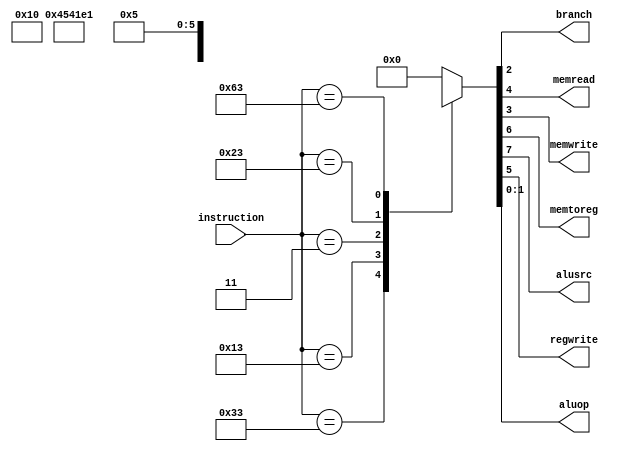
module control_unit (
  input [6:0] instruction, // opcode
  output reg branch,
  output reg memread,
  output reg memwrite,
  output reg memtoreg,
  output reg alusrc,
  output reg regwrite,
  output reg [1:0] aluop
);
  localparam RT = 7'b0110011,
	     IT = 7'b0010011, // ADDI
	     LW = 7'b0000011,
	     SW = 7'b0100011,
	    BEQ = 7'b1100011;
  
  always @(*)
  begin
    case (instruction)
      RT: begin
        { alusrc, memtoreg, regwrite, memread, memwrite, branch, aluop } = 8'b00100010;
      end
      IT: begin
        { alusrc, memtoreg, regwrite, memread, memwrite, branch, aluop } = 8'b10100000;
      end
      LW: begin
        { alusrc, memtoreg, regwrite, memread, memwrite, branch, aluop } = 8'b11110000;
      end
      SW: begin
        { alusrc, memtoreg, regwrite, memread, memwrite, branch, aluop } = 8'b1x001000;
      end
      BEQ: begin
        { alusrc, memtoreg, regwrite, memread, memwrite, branch, aluop } = 8'b0x000101;
      end
      default: begin
        { alusrc, memtoreg, regwrite, memread, memwrite, branch, aluop } = 8'b00000000;
      end
    endcase
  end

endmodule